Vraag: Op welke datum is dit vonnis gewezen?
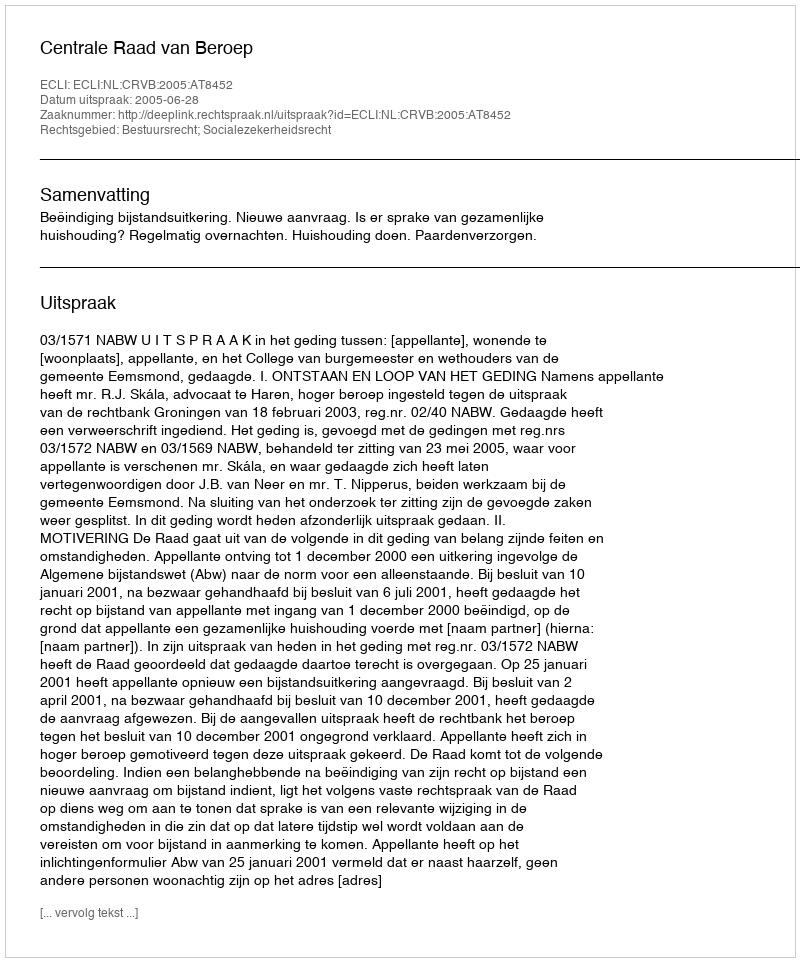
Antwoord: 2005-06-28